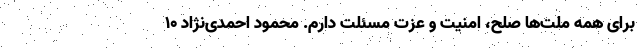
برای همه ملّت‌ها صلح، امنیت و عزّت مسئلت دارم. محمود احمدی‌نژاد ۱۰